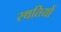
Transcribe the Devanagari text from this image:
स्थतियों